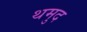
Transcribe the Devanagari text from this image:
थमुद